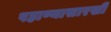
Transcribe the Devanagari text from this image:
पहाण्यासारखीं